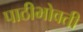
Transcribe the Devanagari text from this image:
पाठीभोवती